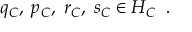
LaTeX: q _ { \cal C } , \; p _ { \cal C } , \; r _ { \cal C } , \; s _ { \cal C } \in { \cal H } _ { \cal C } \; \; .